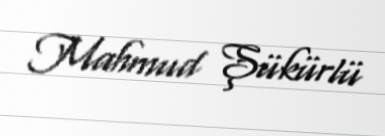
Mahmud Şükürlü